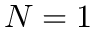
N = 1